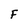
Character: F